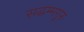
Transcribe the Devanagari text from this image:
सद्धम्मगुरु